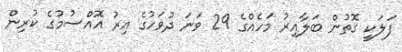
ފަލަކީ ގޮތުން ބަލާއިރު މަހެއްގެ 29 ވަނަ ދުވަހުގެ އިރު އޮއްސުމުގެ ކުރިން